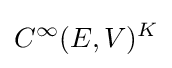
C^{\infty }(E,V)^{K}